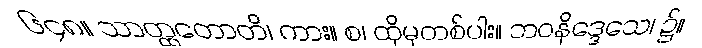
၆၄၈။ သာတ္ထတောတိ၊ ကား။ စ၊ ထိုမှတစ်ပါး။ ဘဝနိဒ္ဒေသေ၊ ၌။